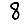
Digit: 8